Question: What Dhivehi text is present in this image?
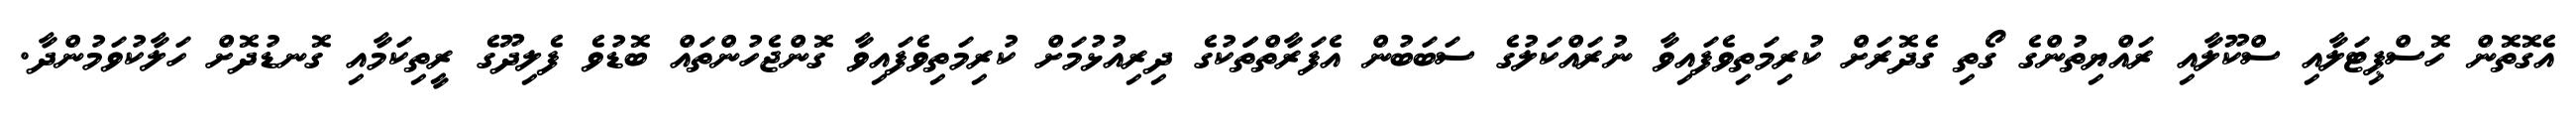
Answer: އެގޮތޮން ހޮސްޕިޓަލާއި ސްކޫލާއި ރައްޔިތުންގެ ގޯތި ގެދޮރަށް ކުރިމަތިވެފައިވާ ނުރައްކަލުގެ ސަބަބުން އެފަރާތްތަަކުގެ ދިރިއުޅުމަށް ކުރިމަތިވެފައިވާ ގޮންޖެހުންތައް ބޮޑުވެ ފެލިދޫގެ ރީތިކަމާއި ގޮނޑުދޮށް ހަލާކުވަމުންދާ.